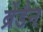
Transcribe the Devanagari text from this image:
ब्रेंडैन